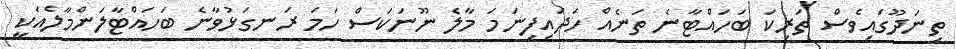
ތިނަދޫގައިވެސް ތަރިކަ ބަހައްޓާނެ ތަނެއް ހަދައިފިނަމަ މާލެ ނޫނަކަސް ހަމަ ރަނގަޅުވާނެ ބަހައްޓާލަންމާލެއަކީ